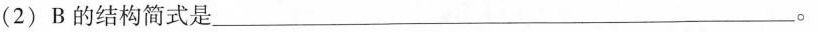
2)B的结构简式是___。